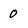
Character: 0